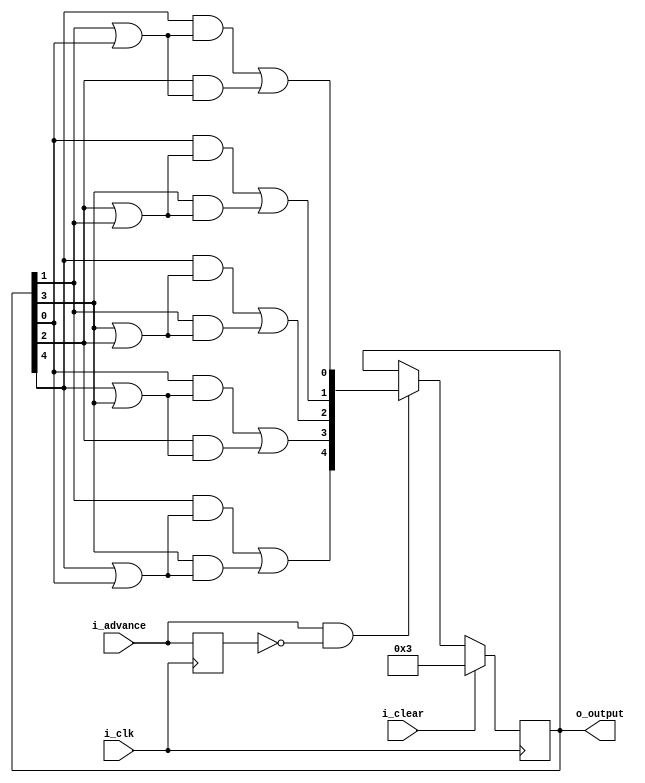
module decade12(i_clk,
	i_clear,
	i_advance,
	o_output);

input wire i_clk;
input wire i_clear;
input wire i_advance;

output reg [4:0] o_output;

reg last_advance;
wire [4:0] next_output;
wire a,b,c,d,e;
wire [4:0] out_plus_1;

assign {a,b,c,d,e} = o_output;
assign out_plus_1 = {
	d & (a | e) | b & (a | e),
	e & (a | b) | c & (a | b),
	a & (b | c) | d & (b | c),
	e & (c | d) | b & (c | d),
	a & (d | e) | c & (d | e)
};

assign next_output = i_clear ? 5'b11 :
	(i_advance & ~last_advance) ? out_plus_1 :
	o_output;

always @(posedge i_clk) begin
	last_advance <= i_advance;
	o_output <= next_output;
end

endmodule